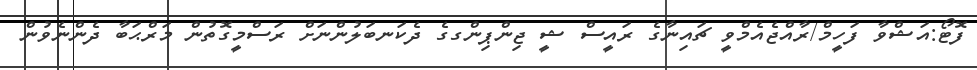
ފޮޓޯ:އަޝްވާ ފަހީމް/ރާއްޖެއެމްވީ ޗައިނާގެ ރައީސް ޝީ ޖިންޕިންގގެ ދެކަނބަލުންނަށް ރަސްމީގޮތުން މަރްޙަބާ ދެންނެވުން